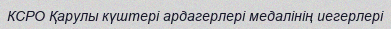
КСРО Қарулы күштері ардагерлері медалінің иегерлері